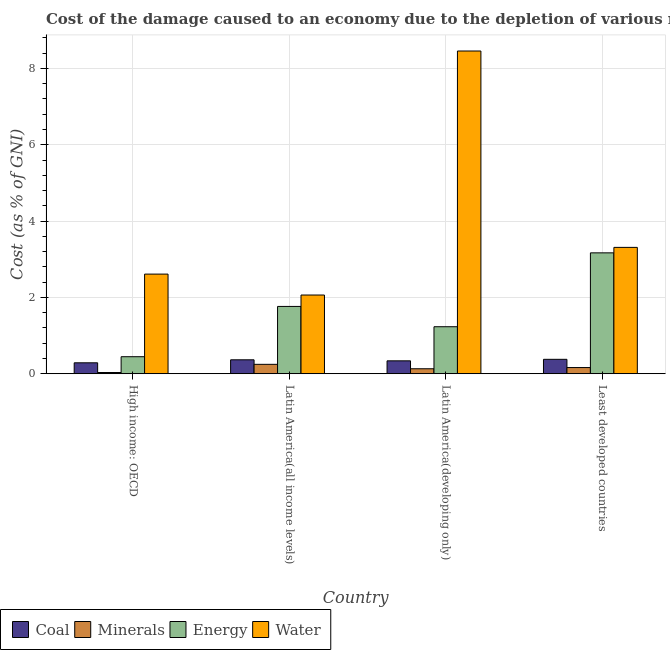
| Country | Coal | Minerals | Energy | Water |
 | --- | --- | --- | --- | --- |
 | High income: OECD | 0.287 | 0.0324 | 0.446 | 2.61 |
 | Latin America(all income levels) | 0.365 | 0.246 | 1.76 | 2.06 |
 | Latin America(developing only) | 0.338 | 0.13 | 1.23 | 8.46 |
 | Least developed countries | 0.378 | 0.162 | 3.17 | 3.31 |